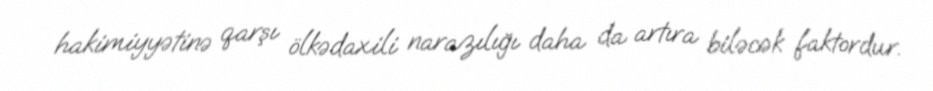
hakimiyyətinə qarşı ölkədaxili narazılığı daha da artıra biləcək faktordur.